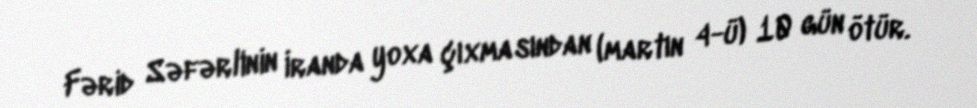
Fərid Səfərlinin İranda yoxa çıxmasından (martın 4-ü) 10 gün ötür.